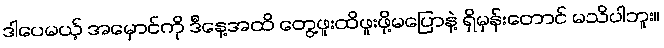
ဒါပေမယ့် အမှောင်ကို ဒီနေ့အထိ တွေ့ဖူးထိဖူးဖို့မပြောနဲ့ ရှိမှန်းတောင် မသိပါဘူး။